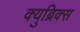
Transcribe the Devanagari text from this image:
क्युब्रिक्स